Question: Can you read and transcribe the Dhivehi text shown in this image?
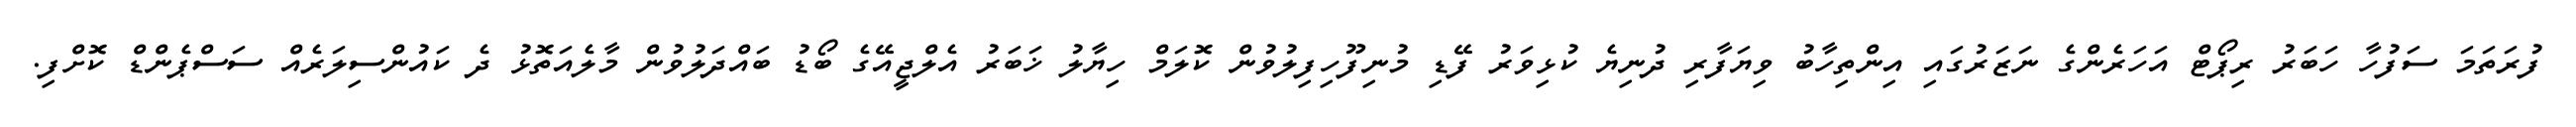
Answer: ފުރަތަމަ ސަފުހާ ހަބަރު ރިޕޯޓް އަހަރެންގެ ނަޒަރުގައި އިންތިހާބު ވިޔަފާރި ދުނިޔެ ކުޅިވަރު ފޭޑި މުނިފޫހިފިލުވުން ކޮލަމް ހިޔާލު ޚަބަރު އެލްޖީއޭގެ ބޯޑު ބައްދަލުވުން މާލެއަތޮޅު ދެ ކައުންސިލަރެއް ސަސްޕެންޑް ކޮށްފި.